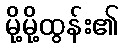
မို့မို့ထွန်း၏